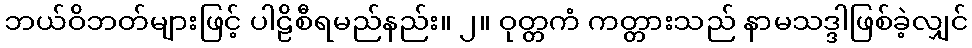
ဘယ်ဝိဘတ်များဖြင့် ပါဠိစီရမည်နည်း။ ၂။ ဝုတ္တကံ ကတ္တားသည် နာမသဒ္ဒါဖြစ်ခဲ့လျှင်